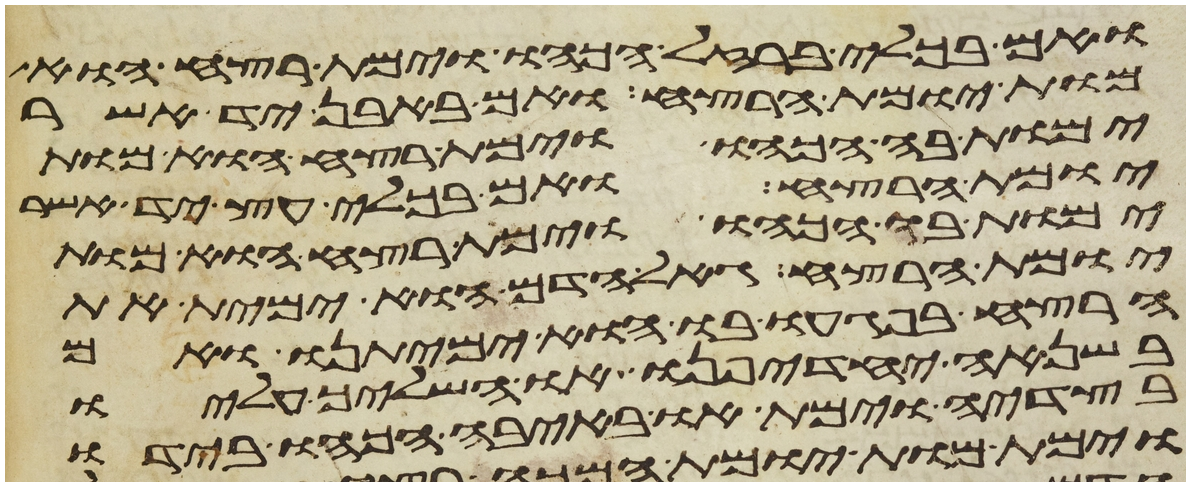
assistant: ואם בכלי ברזל הכהו וימת רצח הוא
מות יומת הרצח ואם באבן יד אשר
ימות בה הכהו וימת רצח הוא מות
יומת הרצח ואם בכלי עץ יד אשר
ימות בו הכהו וימת רצח הוא מות
יומת הרצח גאל הדם הוא ימית את
הרצח בפגעו בו הוא ימיתנו ואם
בשנאה יחדיפנו או השליך עליו
בצדיה וימת או באיבה הכהו בידו